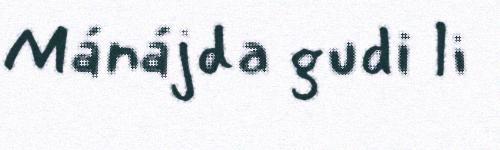
Mánájda gudi li